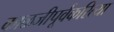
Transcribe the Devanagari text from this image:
काळजीपूर्वकरित्या